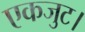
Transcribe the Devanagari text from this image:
एकजुट।